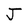
Character: J